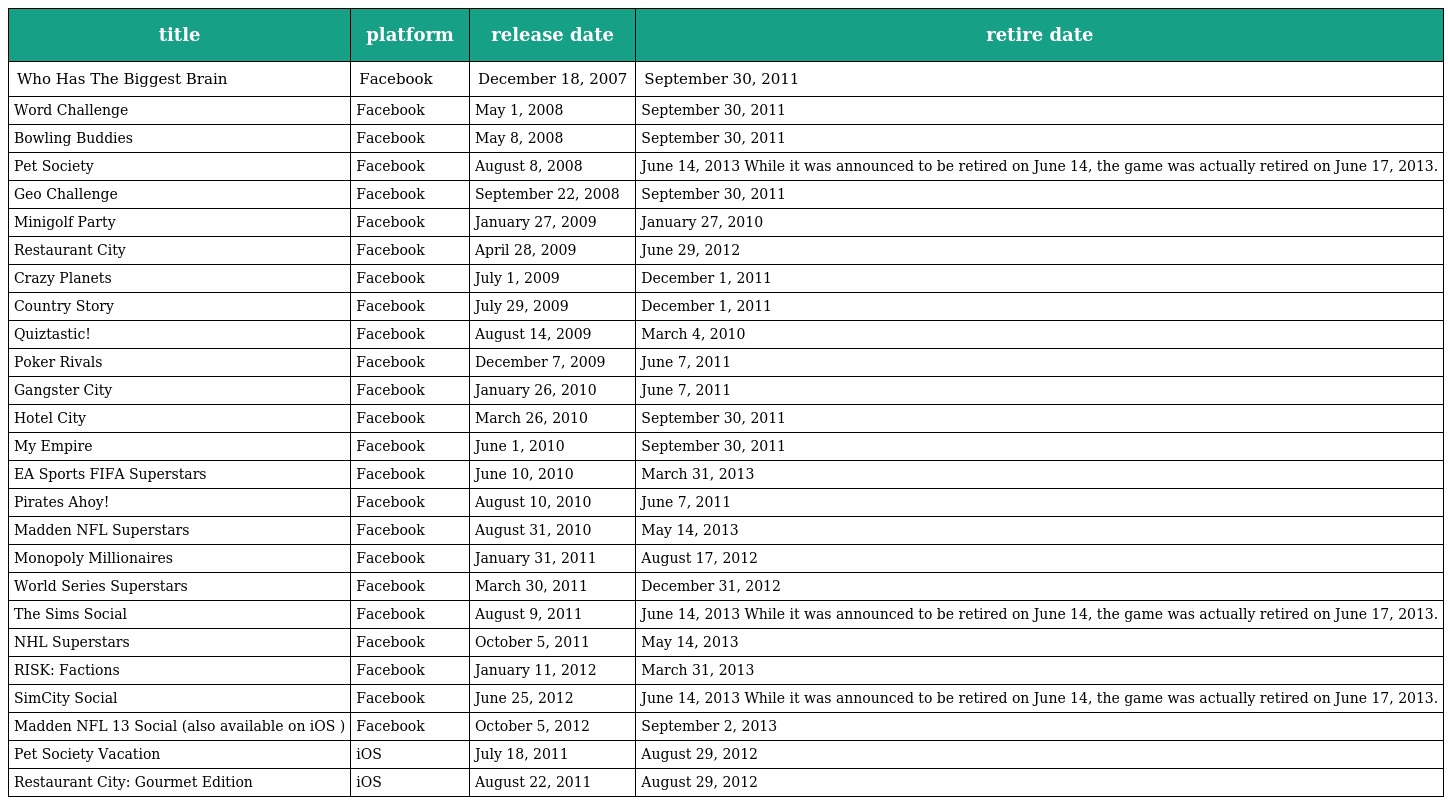
| title | platform | release date | retire date |
 | --- | --- | --- | --- |
 | Who Has The Biggest Brain | Facebook | December 18, 2007 | September 30, 2011 |
 | Word Challenge | Facebook | May 1, 2008 | September 30, 2011 |
 | Bowling Buddies | Facebook | May 8, 2008 | September 30, 2011 |
 | Pet Society | Facebook | August 8, 2008 | June 14, 2013 While it was announced to be retired on June 14, the game was actually retired on June 17, 2013. |
 | Geo Challenge | Facebook | September 22, 2008 | September 30, 2011 |
 | Minigolf Party | Facebook | January 27, 2009 | January 27, 2010 |
 | Restaurant City | Facebook | April 28, 2009 | June 29, 2012 |
 | Crazy Planets | Facebook | July 1, 2009 | December 1, 2011 |
 | Country Story | Facebook | July 29, 2009 | December 1, 2011 |
 | Quiztastic! | Facebook | August 14, 2009 | March 4, 2010 |
 | Poker Rivals | Facebook | December 7, 2009 | June 7, 2011 |
 | Gangster City | Facebook | January 26, 2010 | June 7, 2011 |
 | Hotel City | Facebook | March 26, 2010 | September 30, 2011 |
 | My Empire | Facebook | June 1, 2010 | September 30, 2011 |
 | EA Sports FIFA Superstars | Facebook | June 10, 2010 | March 31, 2013 |
 | Pirates Ahoy! | Facebook | August 10, 2010 | June 7, 2011 |
 | Madden NFL Superstars | Facebook | August 31, 2010 | May 14, 2013 |
 | Monopoly Millionaires | Facebook | January 31, 2011 | August 17, 2012 |
 | World Series Superstars | Facebook | March 30, 2011 | December 31, 2012 |
 | The Sims Social | Facebook | August 9, 2011 | June 14, 2013 While it was announced to be retired on June 14, the game was actually retired on June 17, 2013. |
 | NHL Superstars | Facebook | October 5, 2011 | May 14, 2013 |
 | RISK: Factions | Facebook | January 11, 2012 | March 31, 2013 |
 | SimCity Social | Facebook | June 25, 2012 | June 14, 2013 While it was announced to be retired on June 14, the game was actually retired on June 17, 2013. |
 | Madden NFL 13 Social (also available on iOS ) | Facebook | October 5, 2012 | September 2, 2013 |
 | Pet Society Vacation | iOS | July 18, 2011 | August 29, 2012 |
 | Restaurant City: Gourmet Edition | iOS | August 22, 2011 | August 29, 2012 |